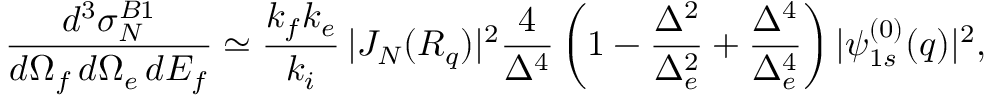
\frac { d ^ { 3 } { \sigma } _ { N } ^ { B 1 } } { d \Omega _ { f } \, d \Omega _ { e } \, d E _ { f } } \simeq \frac { k _ { f } k _ { e } } { k _ { i } } \, | J _ { N } ( { \cal R } _ { q } ) | ^ { 2 } \frac { 4 } { \Delta ^ { 4 } } \left( 1 - \frac { \Delta ^ { 2 } } { \Delta _ { e } ^ { 2 } } + \frac { \Delta ^ { 4 } } { \Delta _ { e } ^ { 4 } } \right) | \psi _ { 1 s } ^ { ( 0 ) } ( q ) | ^ { 2 } ,